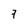
Character: 7